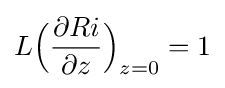
L{\Big (}{\dfrac {\partial Ri}{\partial z}}{\Big )}_{z=0}=1